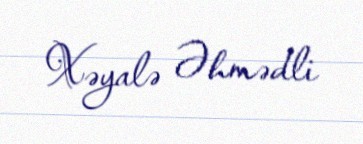
Xəyalə Əhmədli